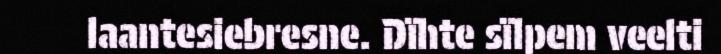
laantesiebresne. Dïhte sïlpem veelti